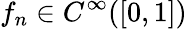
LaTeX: f_{n}\in C^{\infty}([0,1])